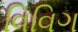
વિવિગ